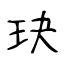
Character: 玦